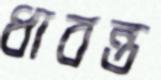
ধাবন্ত